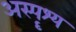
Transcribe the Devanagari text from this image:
अस्पॄश्य